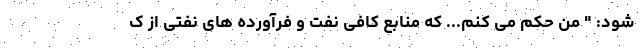
شود: " من حکم می کنم... که منابع کافی نفت و فرآورده های نفتی از ک